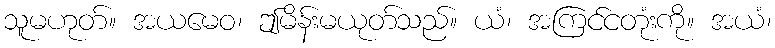
သူမဟုတ်။ အယမေဝ၊ ဤမိန်းမယုတ်သည်။ ယံ၊ အကြင်ငတုံးကို။ အယံ၊